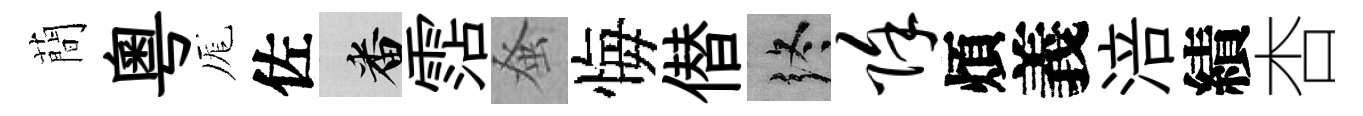
蕳粵厖佐番霑𫊫悔僣终除煩義涪績杏